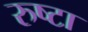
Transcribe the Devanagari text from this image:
रुष्टा